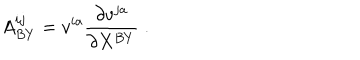
LaTeX: A _ { B Y } ^ { i j } = v ^ { i a } { \frac { \partial v ^ { j a } } { \partial X ^ { B Y } } } \; .